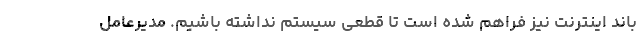
باند اینترنت نیز فراهم شده است تا قطعی سیستم نداشته باشیم. مدیرعامل